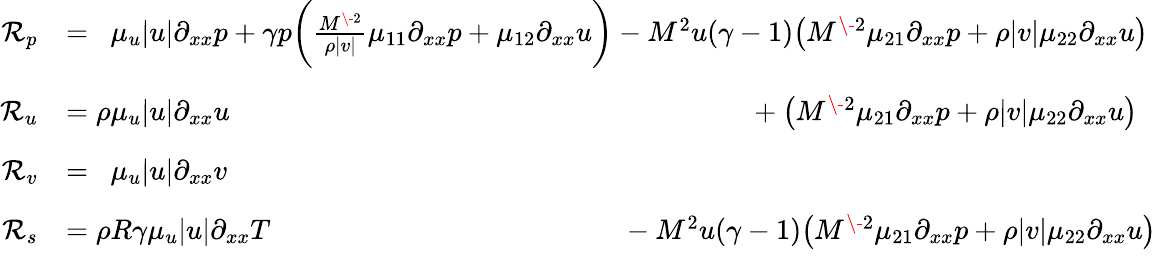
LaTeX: \begin{array}{rl}{\mathcal{R}_{p}}&{=\phantom{\rho}\mu_{u}|u|\partial_{xx}p+\gamma p\bigg(\frac{M^{\- 2}}{\rho|v|}\mu_{11}\partial_{xx}p+\mu_{12}\partial_{xx}u\bigg)-M^{2}u(\gamma-1)\big(M^{\- 2}\mu_{21}\partial_{xx}p+\rho|v|\mu_{22}\partial_{xx}u\big)}\\ {\mathcal{R}_{u}}&{=\rho\mu_{u}|u|\partial_{xx}u\phantom{+\gamma p\bigg(\frac{M^{\- 2}}{\rho|v|}\mu_{11}\partial_{xx}p+\mu_{12}\partial_{xx}u\bigg)}\phantom{M^{2}(\gamma-1)u}+\big(M^{\- 2}\mu_{21}\partial_{xx}p+\rho|v|\mu_{22}\partial_{xx}u\big)}\\ {\mathcal{R}_{v}}&{=\phantom{\rho}\mu_{u}|u|\partial_{xx}v}\\ {\mathcal{R}_{s}}&{=\rho R\gamma\mu_{u}|u|\partial_{xx}T\phantom{\gamma p\bigg(\frac{M^{\- 2}}{\rho|v|}\mu_{11}\partial_{xx}p+\mu_{12}\partial_{xx}u\bigg)}-M^{2}u(\gamma-1)\big(M^{\- 2}\mu_{21}\partial_{xx}p+\rho|v|\mu_{22}\partial_{xx}u\big)}\end{array}